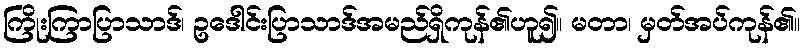
ကြိုးကြာပြာသာဒ်၊ ဥဒေါင်းပြာသာဒ်အမည်ရှိကုန်၏ဟူ၍။ မတာ၊ မှတ်အပ်ကုန်၏။